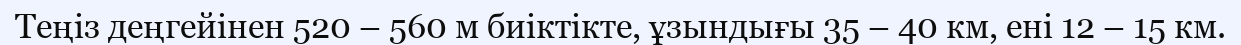
Теңіз деңгейінен 520 – 560 м биіктікте, ұзындығы 35 – 40 км, ені 12 – 15 км.